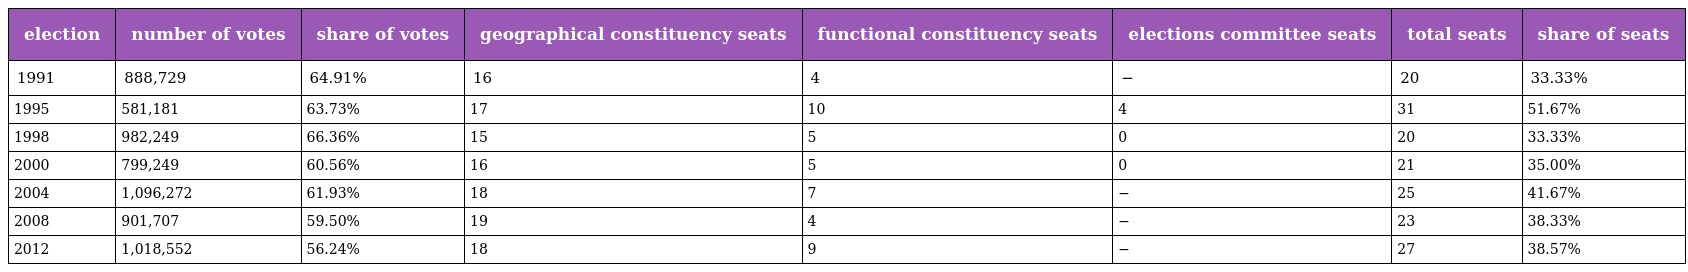
| election | number of votes | share of votes | geographical constituency seats | functional constituency seats | elections committee seats | total seats | share of seats |
 | --- | --- | --- | --- | --- | --- | --- | --- |
 | 1991 | 888,729 | 64.91% | 16 | 4 | − | 20 | 33.33% |
 | 1995 | 581,181 | 63.73% | 17 | 10 | 4 | 31 | 51.67% |
 | 1998 | 982,249 | 66.36% | 15 | 5 | 0 | 20 | 33.33% |
 | 2000 | 799,249 | 60.56% | 16 | 5 | 0 | 21 | 35.00% |
 | 2004 | 1,096,272 | 61.93% | 18 | 7 | − | 25 | 41.67% |
 | 2008 | 901,707 | 59.50% | 19 | 4 | − | 23 | 38.33% |
 | 2012 | 1,018,552 | 56.24% | 18 | 9 | − | 27 | 38.57% |